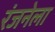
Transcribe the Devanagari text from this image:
रंजनेला